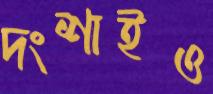
দংশাইও